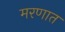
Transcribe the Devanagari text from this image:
मरणात